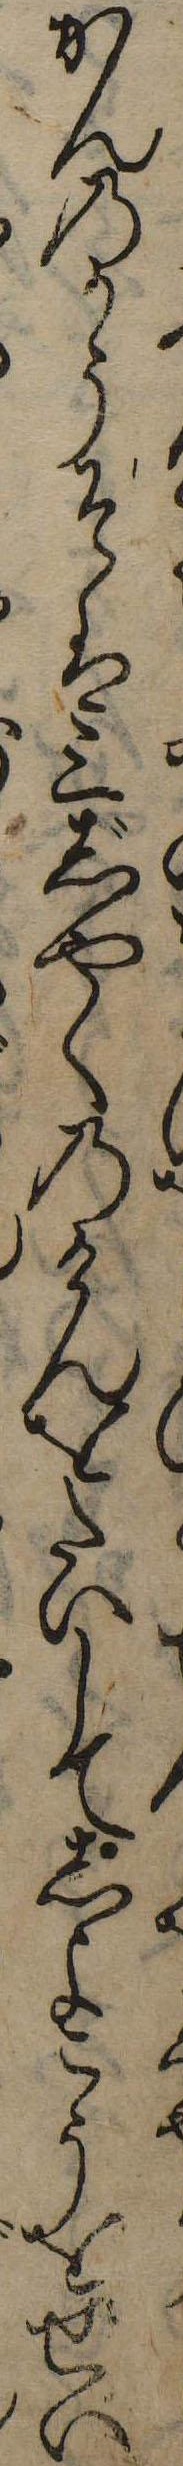
かんのかうそは三じやくのけんをたいしてしよこうをせい